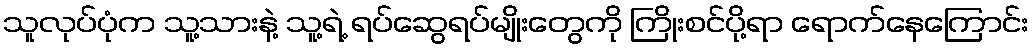
သူလုပ်ပုံက သူ့သားနဲ့ သူ့ရဲ့ ရပ်ဆွေရပ်မျိုးတွေကို ကြိုးစင်ပို့ရာ ရောက်နေကြောင်း